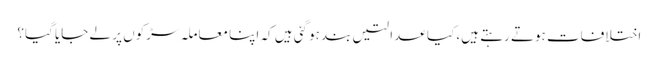
اختلافات ہوتے رہتے ہیں، کیا عدالتیں بند ہوگئی ہیں کہ اپنا معاملہ سڑکوں پر لے جایا گیا؟